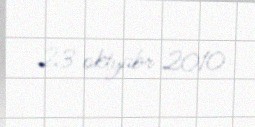
23 oktyabr 2010